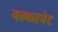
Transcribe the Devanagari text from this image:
नल्लानेट